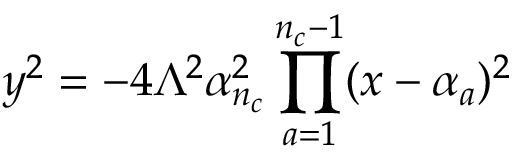
y ^ { 2 } = - 4 \Lambda ^ { 2 } \alpha _ { n _ { c } } ^ { 2 } \prod _ { a = 1 } ^ { n _ { c } - 1 } ( x - \alpha _ { a } ) ^ { 2 }